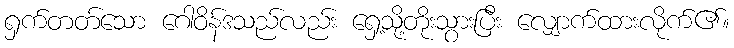
ရှက်တတ်သော ဂေါဝိန်ဒသည်လည်း ရှေ့သို့တိုးသွားပြီး လျှောက်ထားလိုက်၏။